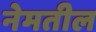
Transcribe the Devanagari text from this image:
नेमतील